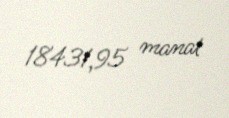
18431,95 manat